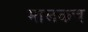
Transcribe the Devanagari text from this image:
मालकच